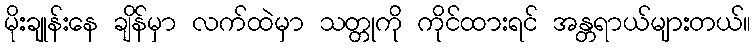
မိုးချုန်းနေ ချိန်မှာ လက်ထဲမှာ သတ္တုကို ကိုင်ထားရင် အန္တရာယ်များတယ်။